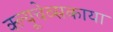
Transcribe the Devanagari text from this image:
क्ल्यूचेव्सकाया